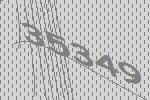
35349